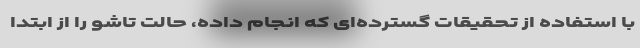
با استفاده از تحقیقات گسترده‌ای که انجام داده، حالت تاشو را از ابتدا